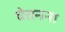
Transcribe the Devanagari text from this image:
चेतनना